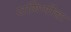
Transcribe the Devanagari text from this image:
रागिणीचा